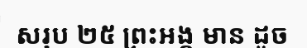
សរុប ២៥ ព្រះអង្គ មាន ដូច